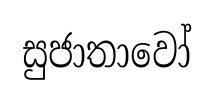
සුජාතාවෝ